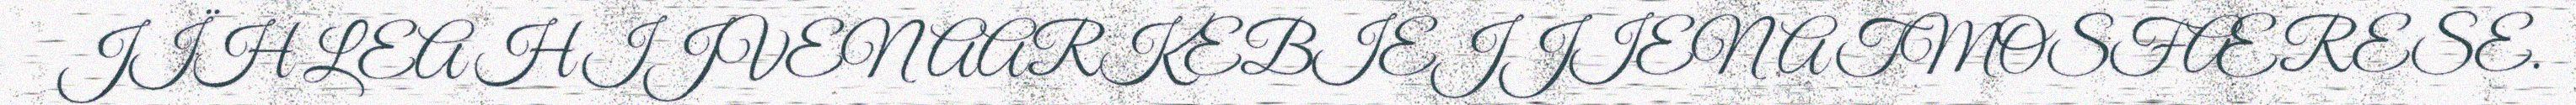
JÏH LEA HIJVEN AARKEBIEJJIEN ATMOSFÆRESE.